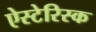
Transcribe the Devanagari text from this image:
ऐस्टेरिस्क